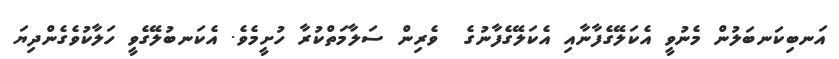
އަނބިކަނބަލުން މެނުވީ އެކަލޭގެފާނާއި އެކަލޭގެފާނުގެ  ވެރިން ސަލާމަތްކުރާ ހުށީމެވެ. އެކަނބުލޭގެވީ ހަލާކުވެގެންދިޔަ